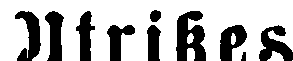
Utrikes.